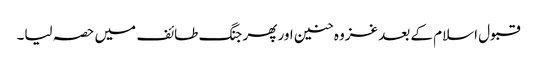
قبول اسلام کے بعد غزوہ حنین اور پھر جنگ طائف میں حصہ لیا۔